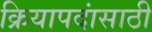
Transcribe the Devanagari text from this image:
क्रियापदांसाठी